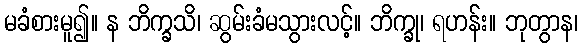
မခံစားမူ၍။ န ဘိက္ခသိ၊ ဆွမ်းခံမသွားလင့်။ ဘိက္ခု၊ ရဟန်း။ ဘုတွာန၊